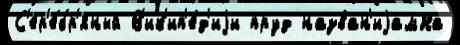
С'ер'е́бр'яный В'ик'ип'е́д'иjи пруд назван'иjамНа